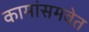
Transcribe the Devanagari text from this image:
कामांसमवेत